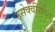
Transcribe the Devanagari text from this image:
उसेक्वींस्रीशे